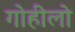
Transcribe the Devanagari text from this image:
गोहीलो